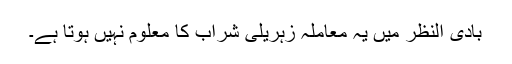
بادی النظر میں یہ معاملہ زہریلی شراب کا معلوم نہیں ہوتا ہے۔